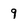
Character: 9